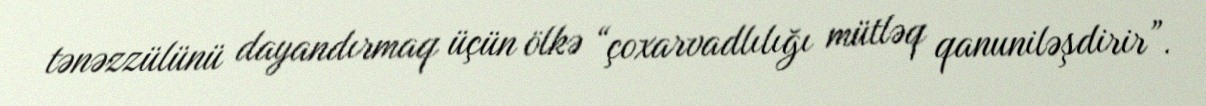
tənəzzülünü dayandırmaq üçün ölkə “çoxarvadlılığı mütləq qanuniləşdirir”.